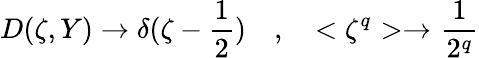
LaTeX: D(\zeta,Y)\to\delta(\zeta-\frac{1}{2})\quad,\quad<\zeta^{q}>\to\frac{1}{2^{q}}